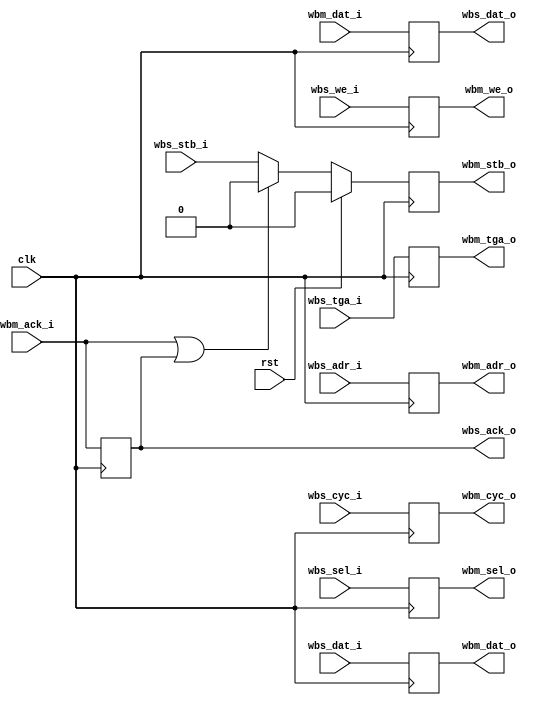
/*
 *  Wishbone register slice
 *  Copyright (C) 2010  Zeus Gomez Marmolejo <zeus@aluzina.org>
 *
 *  This file is part of the Zet processor. This processor is free
 *  hardware; you can redistribute it and/or modify it under the terms of
 *  the GNU General Public License as published by the Free Software
 *  Foundation; either version 3, or (at your option) any later version.
 *
 *  Zet is distrubuted in the hope that it will be useful, but WITHOUT
 *  ANY WARRANTY; without even the implied warranty of MERCHANTABILITY
 *  or FITNESS FOR A PARTICULAR PURPOSE. See the GNU General Public
 *  License for more details.
 *
 *  You should have received a copy of the GNU General Public License
 *  along with Zet; see the file COPYING. If not, see
 *  <http://www.gnu.org/licenses/>.
 */

module wb_regslice (
    input clk,
    input rst,

    // Wishbone slave interface
    input      [19:1] wbs_adr_i,
    input      [15:0] wbs_dat_i,
    output reg [15:0] wbs_dat_o,
    input      [ 1:0] wbs_sel_i,
    input             wbs_tga_i,
    input             wbs_stb_i,
    input             wbs_cyc_i,
    input             wbs_we_i,
    output reg        wbs_ack_o,

    // Wishbone master interface
    output reg [19:1] wbm_adr_o,
    output reg [15:0] wbm_dat_o,
    input      [15:0] wbm_dat_i,
    output reg [ 1:0] wbm_sel_o,
    output reg        wbm_tga_o,
    output reg        wbm_stb_o,
    output reg        wbm_cyc_o,
    output reg        wbm_we_o,
    input             wbm_ack_i
  );

  // Net declarations
  wire ack_st;

  // Combinational logic
  assign ack_st = wbm_ack_i | wbs_ack_o;

  // Sequential logic
  always @(posedge clk)
    wbm_stb_o <= rst ? 1'b0
      : (ack_st ? 1'b0 : wbs_stb_i);

  always @(posedge clk)
    begin
      wbm_adr_o <= wbs_adr_i;
      wbm_dat_o <= wbs_dat_i;
      wbm_sel_o <= wbs_sel_i;
      wbm_tga_o <= wbs_tga_i;
      wbm_cyc_o <= wbs_cyc_i;
      wbm_we_o  <= wbs_we_i;
    end

  always @(posedge clk)
    begin
      wbs_dat_o <= wbm_dat_i;
      wbs_ack_o <= wbm_ack_i;
    end

endmodule